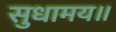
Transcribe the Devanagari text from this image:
सुधामय॥